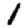
Digit: 1